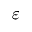
\varepsilon